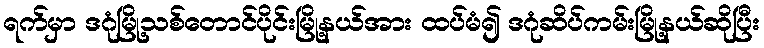
ရက်မှာ ဒဂုံမြို့သစ်တောင်ပိုင်းမြို့နယ်အား ထပ်မံ၍ ဒဂုံဆိပ်ကမ်းမြို့နယ်ဆိုပြီး